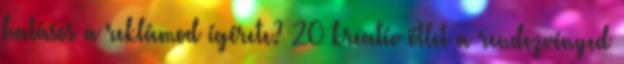
hatásos a reklámod ígérete? 20 kreatív ötlet a rendezvényed